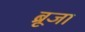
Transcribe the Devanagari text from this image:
ब्रूजा